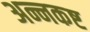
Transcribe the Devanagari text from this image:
अन्नकष्ट